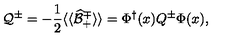
{ \cal Q } ^ { \pm } = - \frac { 1 } { 2 } \langle \langle \widehat { \cal B } _ { + } ^ { \mp } \rangle \rangle = \Phi ^ { \dagger } ( x ) Q ^ { \pm } \Phi ( x ) ,